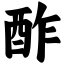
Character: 酢